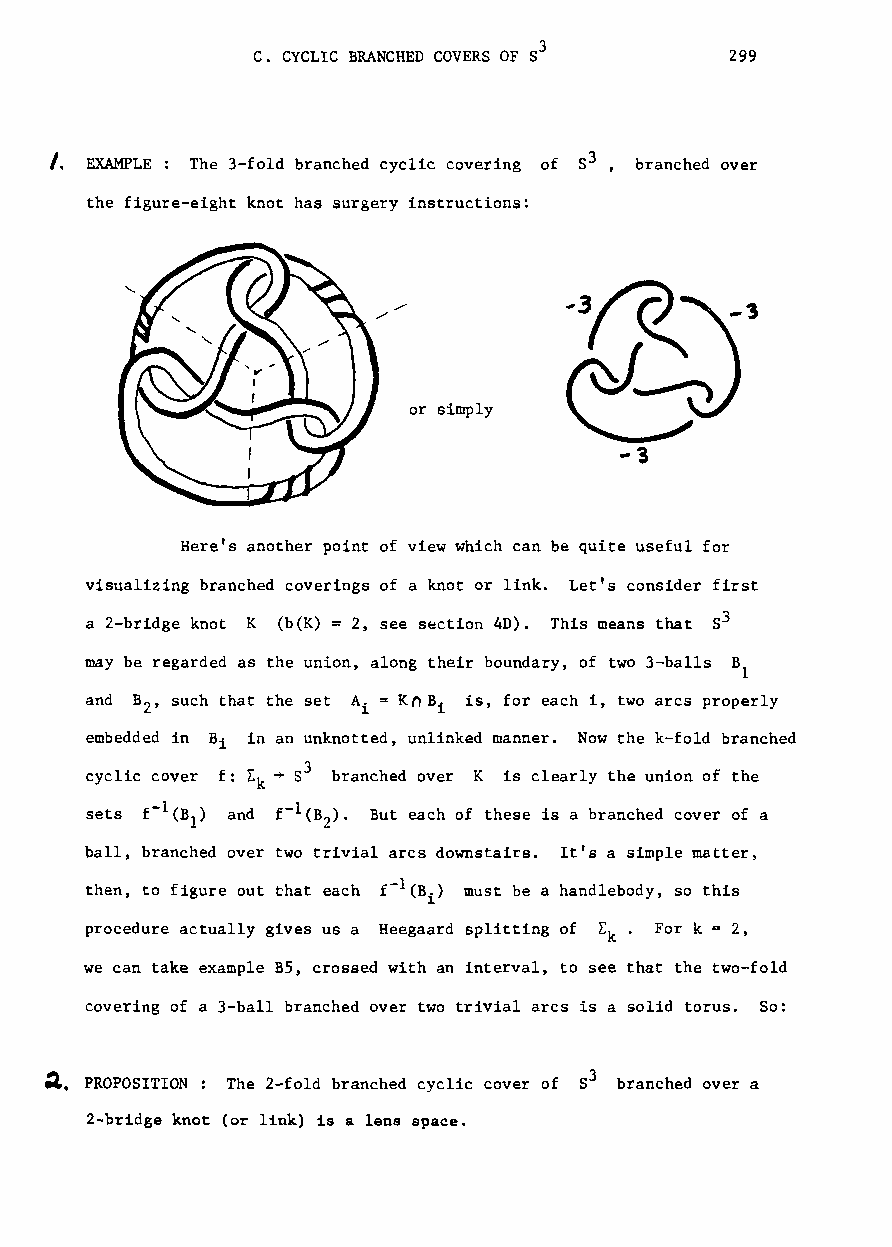
C. CYCLIC BRANCHED COVERS OF 53 299
 I. EXAMPLE : The 3-fold branched cyclic covering of S3 , branched over
 the figure-eight knot has surgery instructions:
 or simply
 Here's another point of view which can be quite useful for
 visualizing branched coverings of a knot or link. Let's consider first
 a 2-bridge knot K (b(K) = 2, see s~ction 4D). This means that S3
 may be regarded as the union, along their boundary, of two 3-balls B
 1
 and B 2, such that the set Ai = KnB i is, for each i, two arcs properly
 embedded in Bi in an unknotted, unlinked manner. Now the k-fold branched
 cyclic cover f: [k ~ 53 branched over K is clearly the union of the
 sets     and       But each of these is a branched cover of a
 ball, branched over two trivial arcs downstairs. It's a simple matter,
 then, to figure out that each must be a handlebody, so this
 procedure actually gives us a Heegaard splitting of L . For k = 2,
 k
 we can take example B5, crossed with an interval, to see that the two-fold
 covering of a 3-ball branched over two trivial arcs is a solid torus. So:
 :l. PROPOSITION: The 2-fold branched cyclic cover of S3 branched over a
 2-bridge knot (or link) is a lens space.